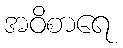
အဝိစာရေ